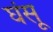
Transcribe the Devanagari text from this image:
घंसू